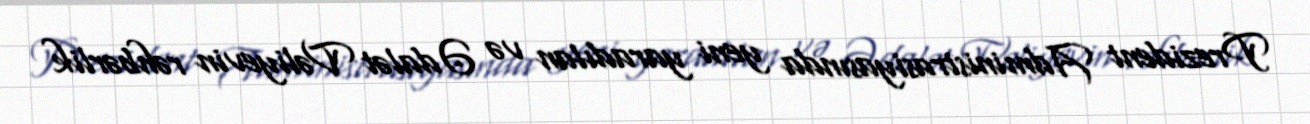
Prezident Administrasiyasında yeni yaradılan və Ədalət Vəliyevin rəhbərlik